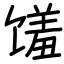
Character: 馐